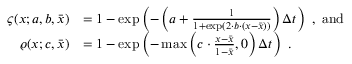
\begin{array} { r l } { \varsigma ( x ; a , b , \bar { x } ) } & { = 1 - \exp \left( - \left( a + \frac { 1 } { 1 + \exp ( 2 \cdot b \cdot ( x - \bar { x } ) ) } \right) \Delta t \right) \ , \ \mathrm { a n d } } \\ { \varrho ( x ; c , \bar { x } ) } & { = 1 - \exp \left( - \operatorname* { m a x } \left( c \cdot \frac { x - \bar { x } } { 1 - \bar { x } } , 0 \right) \Delta t \right) \ . } \end{array}